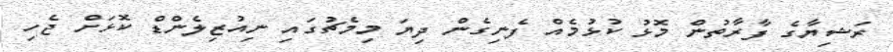
ރަޝިޔާގެ ފާރާތުން މޮޅު ކުޅުމެއް ފެނިގެން ދިޔަ މިމެޗުގައި ނިއުޒިލެންޑް ކޮޅަށް ޖެހި